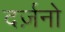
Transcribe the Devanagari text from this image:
दर्ज़नो